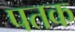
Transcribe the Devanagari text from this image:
पतक